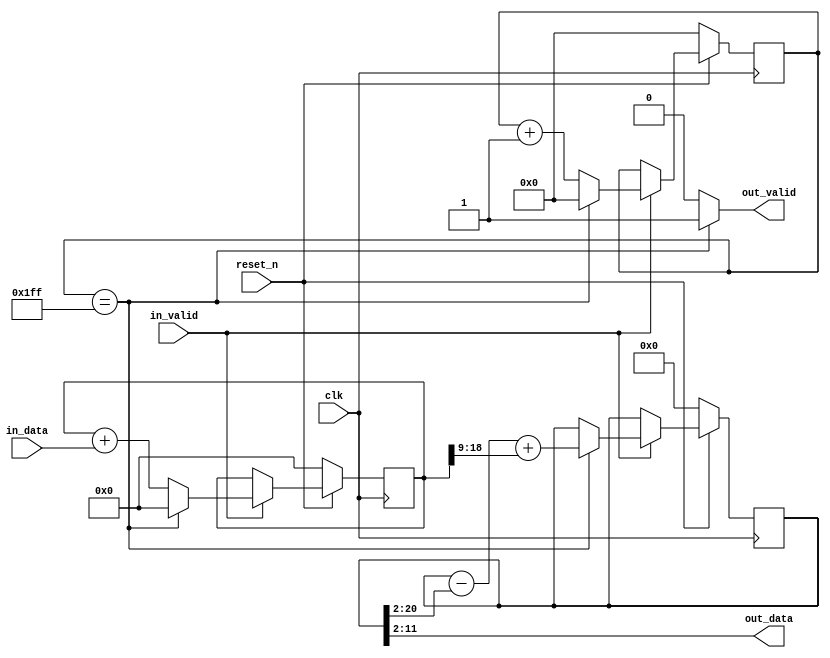
`timescale 1ns/1ns


module MyAverage
#(
	parameter DATA_WIDTH = 10,
	parameter AVERAGE_WIDTH = 9,
	parameter AVERAGE = 512,
	parameter MOVING_AVERAGE_WIDTH = 2
)
(
	input wire clk,
	input wire reset_n,
	
	input wire signed [DATA_WIDTH-1:0] in_data,
	input wire in_valid,

	output wire signed [DATA_WIDTH-1:0] out_data,
	output wire out_valid
);


	localparam SUM_WIDTH = AVERAGE_WIDTH + DATA_WIDTH;


	reg [AVERAGE_WIDTH-1:0] cnt;
	
	reg signed [SUM_WIDTH-1:0] sum;
	reg signed [MOVING_AVERAGE_WIDTH+SUM_WIDTH-1:0] ave;

	
	always @(posedge clk)
	begin
		if (~reset_n) begin			
			cnt <= 0;
					
			sum <= 0;
						
			ave <= 0;
		end
		else begin
			
			if (in_valid) begin
				if (cnt == AVERAGE-1) begin
					cnt <= 0;
					
					sum <= 0;
					
					ave <= ave - (ave >>> MOVING_AVERAGE_WIDTH) + (sum >>> AVERAGE_WIDTH);
				end
				else begin				
					cnt <= cnt + 1;
					
					sum <= sum + in_data;
				end
			end
			
		end
	end
	assign out_data = ave >>> MOVING_AVERAGE_WIDTH;
	assign out_valid = (cnt == AVERAGE-1) ? 1'b1 : 1'b0;


endmodule